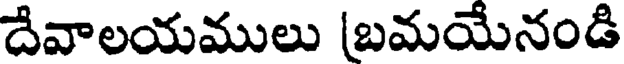
దేవాలయములు [బమయేనండి